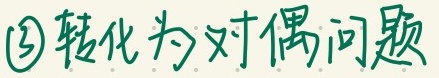
\textcircled{3}转化为对偶问题